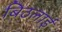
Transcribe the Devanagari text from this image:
बिठलाईं